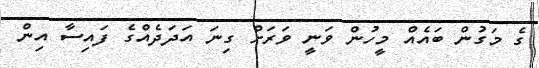
ގެ މަގުން ބައެއް މީހުން ވަނީ ވަރަށް ގިނަ އަދަދެއްގެ ފައިސާ އިން